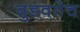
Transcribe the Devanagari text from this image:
बुडवतेच